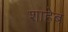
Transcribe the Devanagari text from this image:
शाहेब